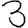
Digit: 3